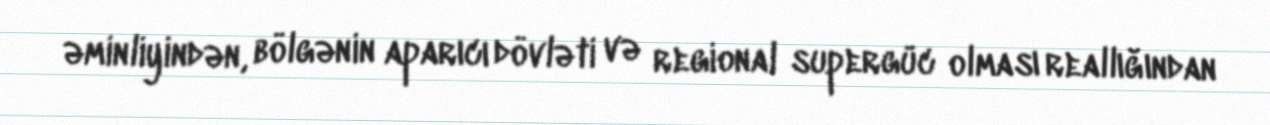
əminliyindən, bölgənin aparıcı dövləti və regional supergüc olması reallığından